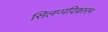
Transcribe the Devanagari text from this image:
सिलप्पदिकारम